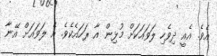
އެވެ. އެއީ ދިވެހި ލަވައަކަށް މުޅިން އާ ރަހައެކެވެ. އެ ލަވައަށް އޭނާ